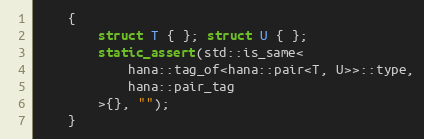
Language: C++
    {
        struct T { }; struct U { };
        static_assert(std::is_same<
            hana::tag_of<hana::pair<T, U>>::type,
            hana::pair_tag
        >{}, "");
    }